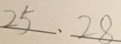
2 5 、 2 8